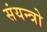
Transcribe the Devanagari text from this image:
संयन्त्रो